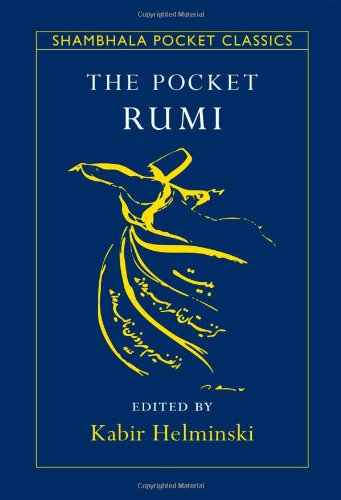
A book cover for The Pocket Rumi (Shambhala Pocket Classics); Mevlana Jalaluddin Rumi; Religion & Spirituality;